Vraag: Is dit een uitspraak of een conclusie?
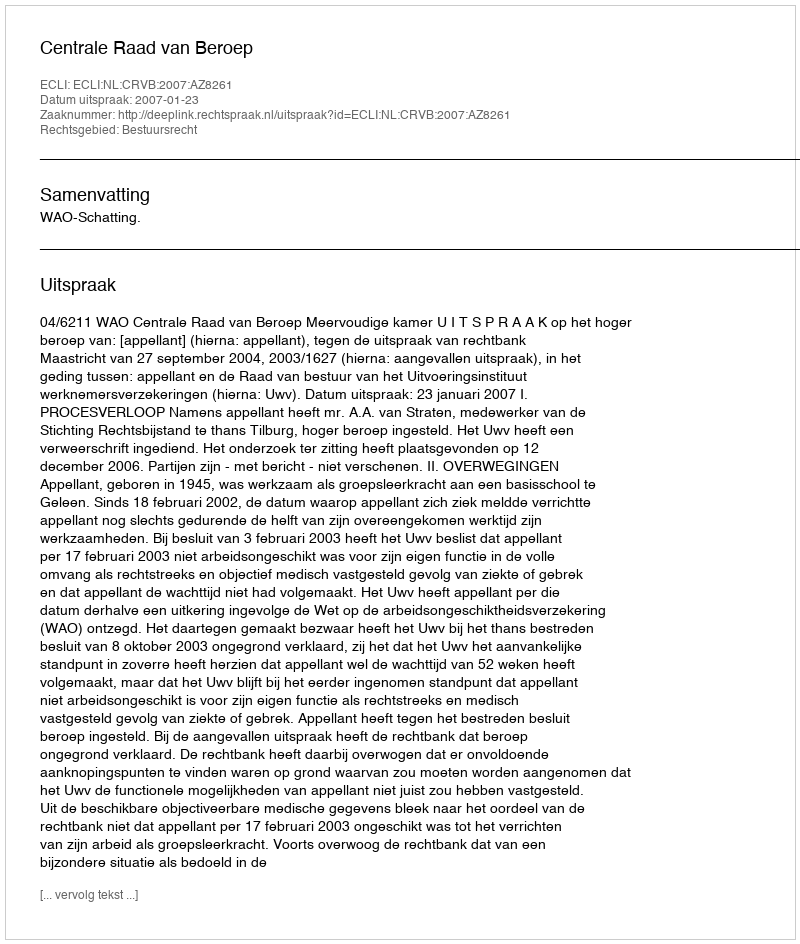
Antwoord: Uitspraak